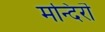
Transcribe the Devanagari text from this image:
मन्दिरॊ